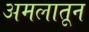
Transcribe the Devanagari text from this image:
अमलातून